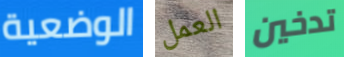
الوضعية العمل تدخين